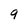
Character: 9